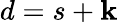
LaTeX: d=s+\mathbf{k}